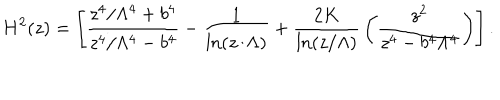
H ^ { 2 } ( z ) = \left[ \frac { z ^ { 4 } / \Lambda ^ { 4 } + b ^ { 4 } } { z ^ { 4 } / \Lambda ^ { 4 } - b ^ { 4 } } - { \frac { 1 } { \ln ( z / \Lambda ) } } + { \frac { 2 K } { \ln ( z / \Lambda ) } } \left( \frac { z ^ { 2 } } { z ^ { 4 } - b ^ { 4 } \Lambda ^ { 4 } } \right) \right] .